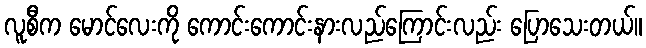
လူစီက မောင်လေးကို ကောင်းကောင်းနားလည်ကြောင်းလည်း ပြောသေးတယ်။